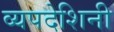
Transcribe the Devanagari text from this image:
व्यपदेशिनी